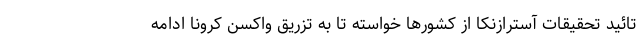
تائید تحقیقات آسترازنکا از کشورها خواسته تا به تزریق واکسن کرونا ادامه